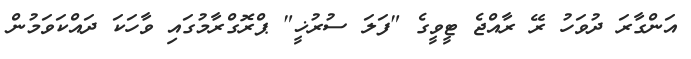
އަންގާރަ ދުވަހު ރޭ ރާއްޖެ ޓީވީގެ "ފަލަ ސުރުޚީ" ޕްރޮގްރާމުގައި ވާހަކަ ދައްކަވަމުން